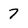
Character: 7